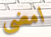
امضي